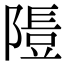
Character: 𨻯